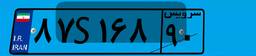
۸۷S۱۶۸۹۰